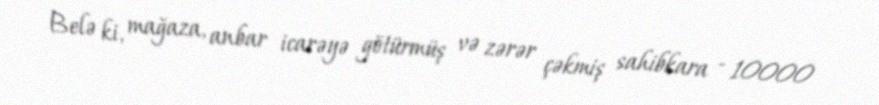
Belə ki, mağaza, anbar icarəyə götürmüş və zərər çəkmiş sahibkara - 10000